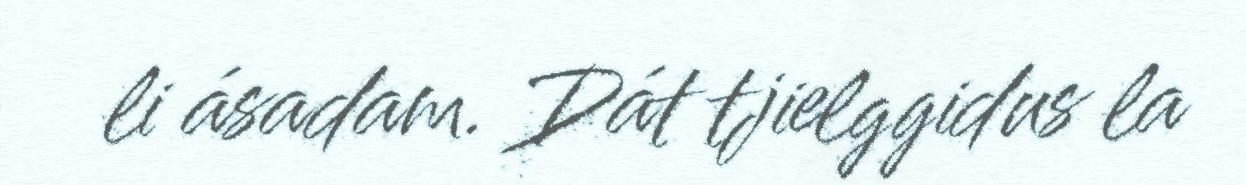
li ásadam. Dát tjielggidus la